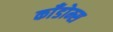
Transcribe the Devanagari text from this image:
काँडोम्स